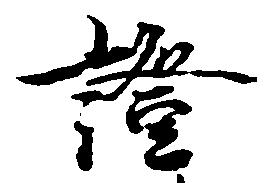
証